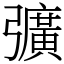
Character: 彍